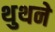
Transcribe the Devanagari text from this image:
थुथने